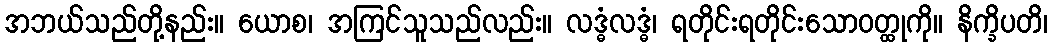
အဘယ်သည်တို့နည်း။ ယောစ၊ အကြင်သူသည်လည်း။ လဒ္ဓံလဒ္ဓံ၊ ရတိုင်းရတိုင်းသောဝတ္ထုကို။ နိက္ခိပတိ၊